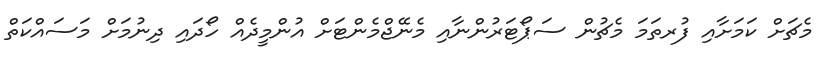
މެޗަށް ކަމަށާއި ފުރތަމަ މެޗުން ސަޕޯޓަރުންނާއި މެނޭޖްމެންޓަށް އުންމީދެއް ހޯދައި ދިނުމަށް މަސައްކަތް